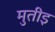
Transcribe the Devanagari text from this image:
मुतीइ